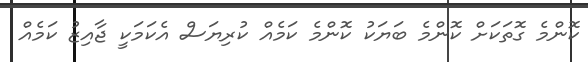
ކޮންމެ ގޮތަކަށް ކޮންމެ ބަޔަކު ކޮންމެ ކަމެއް ކުރިޔަސް އެކަމަކީ ޖާއިޒު ކަމެއް